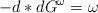
LaTeX: \begin{align*}-d*dG^\omega =\omega\end{align*}